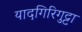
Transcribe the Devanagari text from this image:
यादगिरिगुट्टा